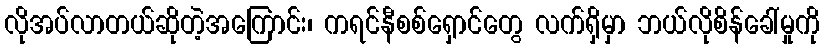
လိုအပ်လာတယ်ဆိုတဲ့အကြောင်း၊ ကရင်နီစစ်ရှောင်တွေ လက်ရှိမှာ ဘယ်လိုစိန်ခေါ်မှုကို